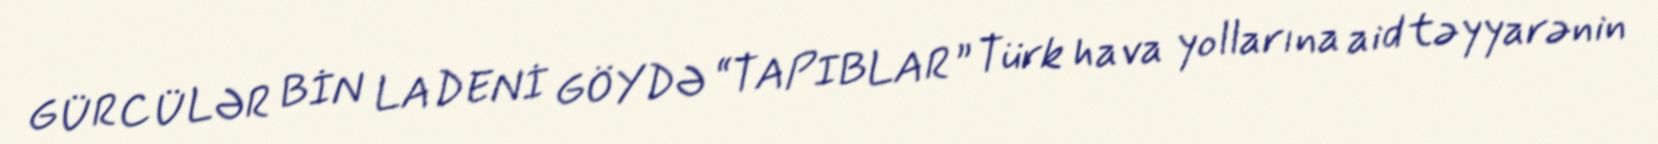
GÜRCÜLƏR BİN LADENİ GÖYDƏ “TAPIBLAR” Türk hava yollarına aid təyyarənin